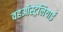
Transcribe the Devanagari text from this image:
वहऑस्ट्रेलियाई